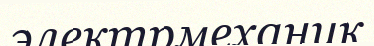
электрмеханик